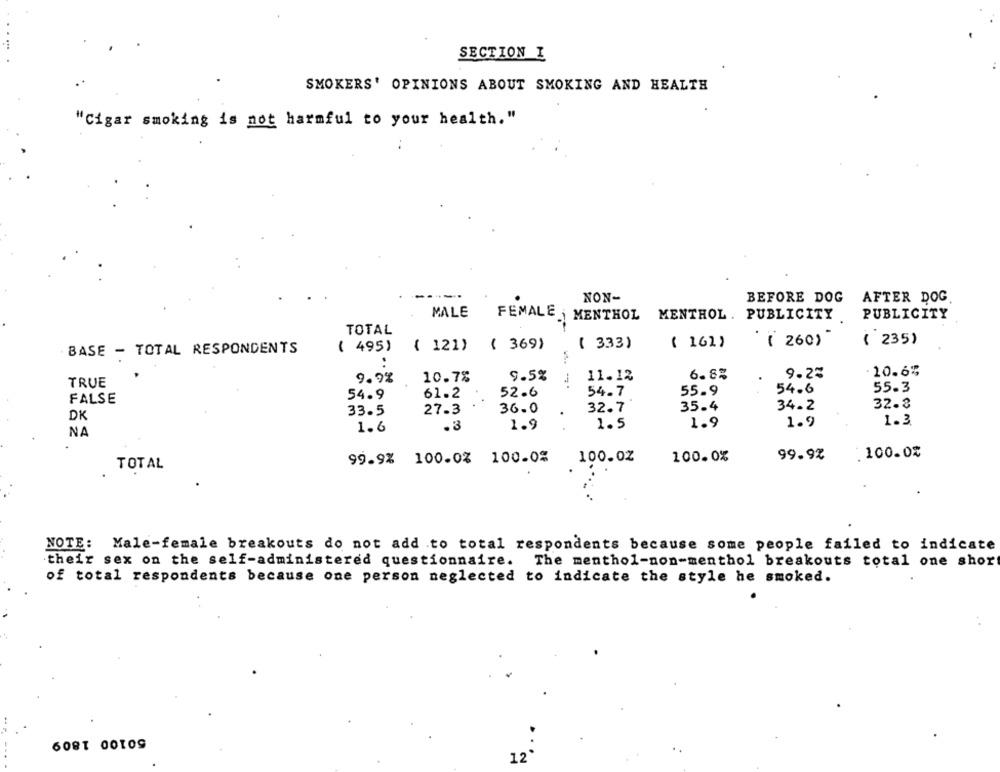
SECTION I
SMOKERS' OPINIONS ABOUT SMOKING AND HEALTH
"Cigar smoking is not harmful to your health. "
..
NON-
BEFORE DOG
AFTER DOG
MALE
PUBLICITY
FEMALE | MENTHOL
MENTHOL . PUBLICITY.
TOTAL
( 495)
( 369)
( 333)
( 161)
( 260)
( 235)
BASE - TOTAL RESPONDENTS
{ 121)
10.6%
10.7%
9.5%
11.12
6.8%
9.2%
TRUE
9.9%
55.3
54.9
61.2
52.6
54.7
55.9
54.6
FALSE
27.3
36.0
32.7
35.4
34.2
32.3
DK
33.5
1.5
1.9
1.9
1.3
1.6
.3
1.9
NA
99.9%
.100.0%
99.9% 100.0% 100.0%
100.02
100.0%
TOTAL
NOTE: Male-female breakouts do not add to total respondents because some people failed to indicate
their sex on the self-administered questionnaire. The menthol-non-menthol breakouts total one short
of total respondents because one person neglected to indicate the style he smoked.
12